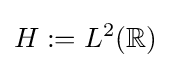
H:=L^{2}(\mathbb {R} )